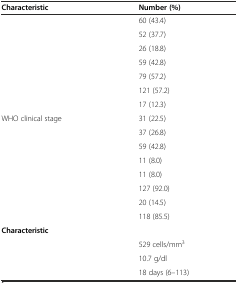
<table><thead><tr><td colspan="2"><b>Characteristic</b></td><td><b>Number (%)</b></td></tr></thead><tbody><tr><td>[EMPTY_CELL]</td><td>[EMPTY_CELL]</td><td>60 (43.4)</td></tr><tr><td>[EMPTY_CELL]</td><td>[EMPTY_CELL]</td><td>52 (37.7)</td></tr><tr><td>[EMPTY_CELL]</td><td>[EMPTY_CELL]</td><td>26 (18.8)</td></tr><tr><td>[EMPTY_CELL]</td><td>[EMPTY_CELL]</td><td>59 (42.8)</td></tr><tr><td>[EMPTY_CELL]</td><td>[EMPTY_CELL]</td><td>79 (57.2)</td></tr><tr><td>[EMPTY_CELL]</td><td>[EMPTY_CELL]</td><td>121 (57.2)</td></tr><tr><td>[EMPTY_CELL]</td><td>[EMPTY_CELL]</td><td>17 (12.3)</td></tr><tr><td>WHO clinical stage</td><td>[EMPTY_CELL]</td><td>31 (22.5)</td></tr><tr><td>[EMPTY_CELL]</td><td>[EMPTY_CELL]</td><td>37 (26.8)</td></tr><tr><td>[EMPTY_CELL]</td><td>[EMPTY_CELL]</td><td>59 (42.8)</td></tr><tr><td>[EMPTY_CELL]</td><td>[EMPTY_CELL]</td><td>11 (8.0)</td></tr><tr><td>[EMPTY_CELL]</td><td>[EMPTY_CELL]</td><td>11 (8.0)</td></tr><tr><td>[EMPTY_CELL]</td><td>[EMPTY_CELL]</td><td>127 (92.0)</td></tr><tr><td>[EMPTY_CELL]</td><td>[EMPTY_CELL]</td><td>20 (14.5)</td></tr><tr><td>[EMPTY_CELL]</td><td>[EMPTY_CELL]</td><td>118 (85.5)</td></tr><tr><td colspan="2"><b>Characteristic</b></td><td>[EMPTY_CELL]</td></tr><tr><td>[EMPTY_CELL]</td><td>[EMPTY_CELL]</td><td>529 cells/mm<sup>3</sup></td></tr><tr><td>[EMPTY_CELL]</td><td>[EMPTY_CELL]</td><td>10.7 g/dl</td></tr><tr><td>[EMPTY_CELL]</td><td>[EMPTY_CELL]</td><td>18 days (6–113)</td></tr></tbody></table>